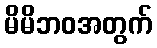
မိမိဘဝအတွက်